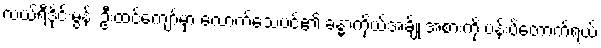
လယ်ရီဒိုင်းမွန်း ဦးထင်ကျော်မှာ လောက်သေပင်၏ ခန္ဓာကိုယ်အချိုးအစားကို ပန်းပိတောက်ရယ်